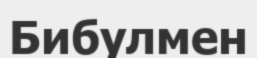
Бибулмен